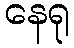
နေရု